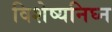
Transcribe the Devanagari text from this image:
विशेष्यनिघ्न